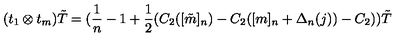
( t _ { 1 } \otimes t _ { m } ) \tilde { T } = ( \frac { 1 } { n } - 1 + \frac { 1 } { 2 } ( C _ { 2 } ( [ \tilde { m } ] _ { n } ) - C _ { 2 } ( [ m ] _ { n } + \Delta _ { n } ( j ) ) - C _ { 2 } ) ) \tilde { T }